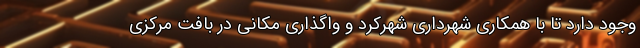
وجود دارد تا با همکاری شهرداری شهرکرد و واگذاری مکانی در بافت مرکزی